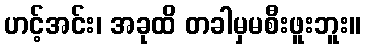
ဟင့်အင်း၊ အခုထိ တခါမှမစီးဖူးဘူး။